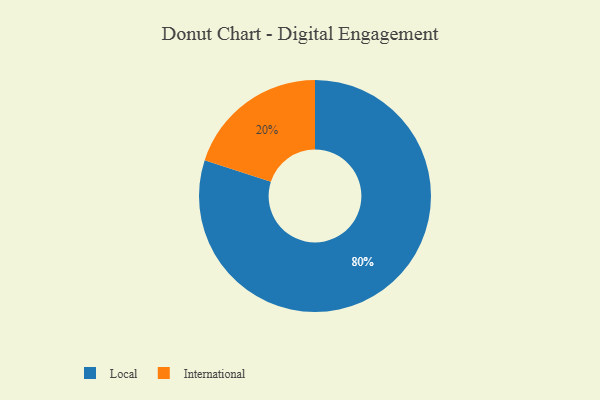
{"axis": {"x": "Category", "y": "Percentage"}, "legend": ["International", "Local"], "data": [{"x": "International", "y": 20, "type": "International"}, {"x": "Local", "y": 80, "type": "Local"}]}